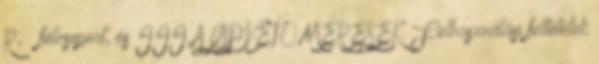
R, · félcsoport, és III. ALAPVETŐ MÉRÉSEK. Felhasználási feltételek